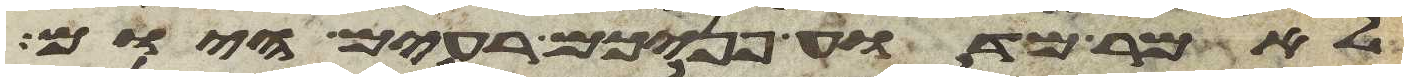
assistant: לאמר מדוע פניכם רעים היום